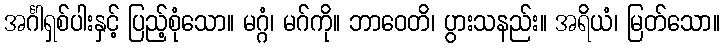
အင်္ဂါရှစ်ပါးနှင့် ပြည့်စုံသော။ မဂ္ဂံ၊ မဂ်ကို။ ဘာဝေတိ၊ ပွားသနည်း။ အရိယံ၊ မြတ်သော။